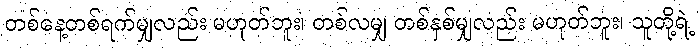
တစ်နေ့တစ်ရက်မျှလည်း မဟုတ်ဘူး၊ တစ်လမျှ တစ်နှစ်မျှလည်း မဟုတ်ဘူး၊ သူတို့ရဲ့